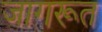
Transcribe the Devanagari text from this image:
जागरूत